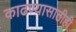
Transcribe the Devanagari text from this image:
काढण्यासाठीही